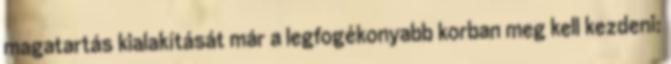
magatartás kialakítását már a legfogékonyabb korban meg kell kezdeni: